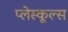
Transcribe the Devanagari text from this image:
प्लेस्कूल्स